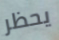
يحظر